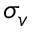
\sigma _ { v }